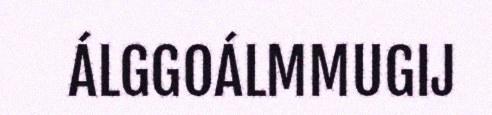
ÁLGGOÁLMMUGIJ